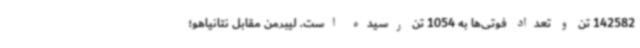
142582 تن و تعداد فوتی‌ها به 1054 تن رسیده است. لیبرمن مقابل نتانیاهو؛